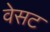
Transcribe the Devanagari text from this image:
वेसट